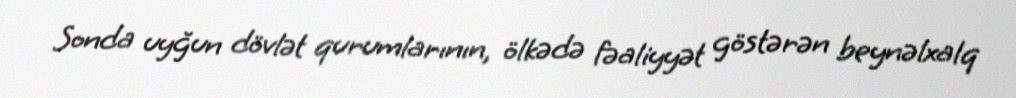
Sonda uyğun dövlət qurumlarının, ölkədə fəaliyyət göstərən beynəlxalq